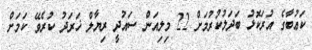
ކަޢުބާގެ އުރަކޮޅު ބަދަލުކުރުމަށް 22 މިލިއަން ސައުދީ ރިޔާލް ޚަރަދު ކުރެވޭ ކަމަށް